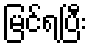
မြင်ရပြီး